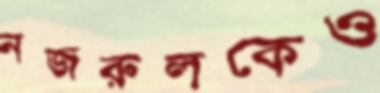
নজরুলকেও